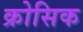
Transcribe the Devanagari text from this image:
क्रोसिक